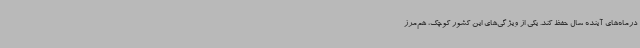
درماه‌های آینده سال حفظ کند. یکی از ویژگی‌های این کشور کوچک، هم‌مرز